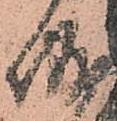
城